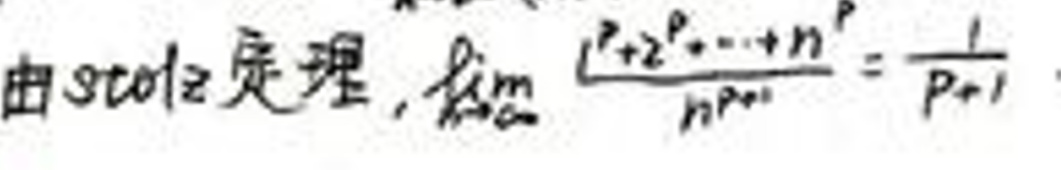
由Stolz定理，\(\lim_{n \to \infty} \frac{1^p + 2^p + \cdots + n^p}{n^{p + 1}} = \frac{1}{p + 1}\)